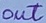
Text: out